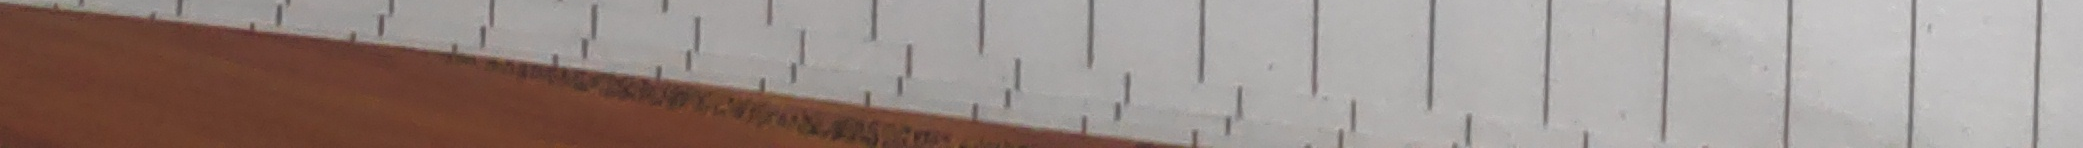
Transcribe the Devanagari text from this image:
जन्मदिनको हार्दिक शुभकामना सहित